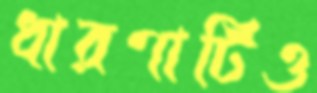
ধারণাটিও